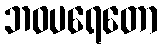
ဘဝပရေတော